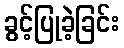
ခွင့်ပြုခဲ့ခြင်း